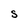
Character: S